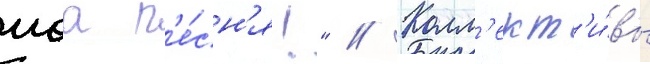
моа п'е́сн'я!" // Колл'ект'и́вы